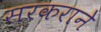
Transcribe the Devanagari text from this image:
सरकराने